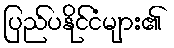
ပြည်ပနိုင်ငံများ၏